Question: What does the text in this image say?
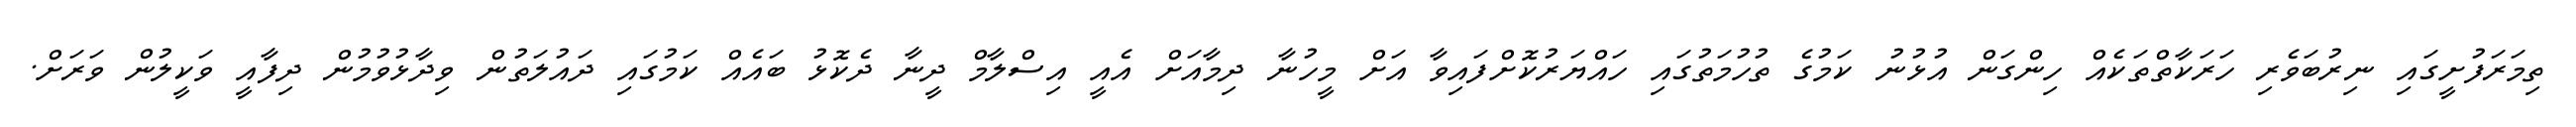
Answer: ތިމަރަފުށީގައި ނިރުބަވެރި ހަރަކާތްތަކެއް ހިންގަން އުޅުނު ކަމުގެ ތުހުމަތުގައި ހައްޔަރުކޮށްފައިވާ އަށް މީހުނާ ދިމާއަށް އެއީ އިސްލާމް ދީނާ ދެކޮޅު ބައެއް ކަމުގައި ދައުލަތުން ވިދާޅުވުމުން ދިފާއީ ވަކީލުން ވަރަށް.